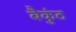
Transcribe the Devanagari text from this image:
बैकुंठ